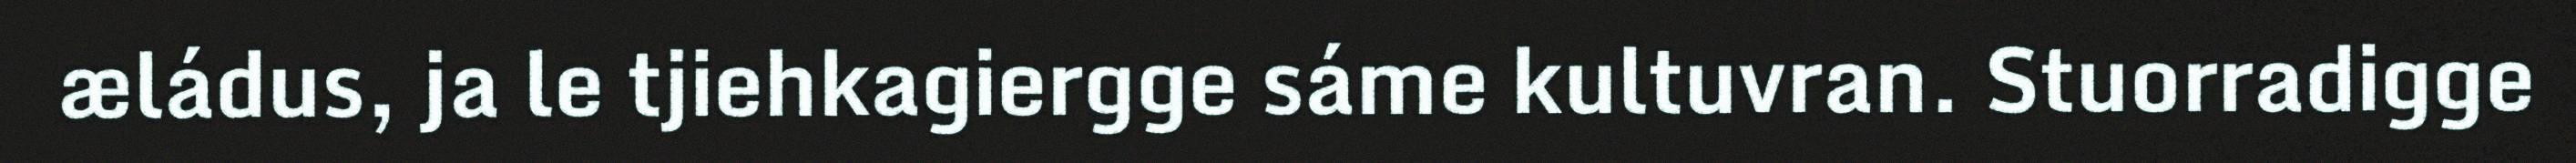
æládus, ja le tjiehkagiergge sáme kultuvran. Stuorradigge